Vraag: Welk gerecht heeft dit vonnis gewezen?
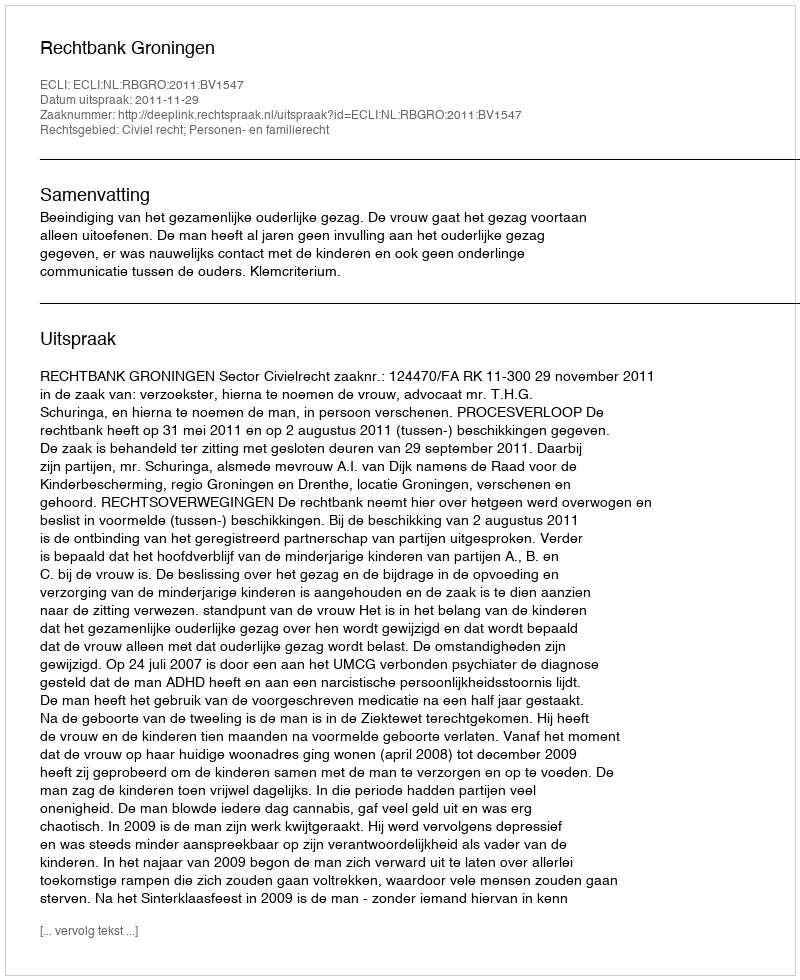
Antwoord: Rechtbank Groningen